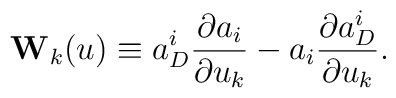
{\bf W}_k(u)\equiv a_D^i \frac{\partial a_i}{\partial u_k}- a_i \frac{\partial a_D^i}{\partial u_k}.